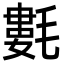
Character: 氀